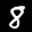
Label: 8